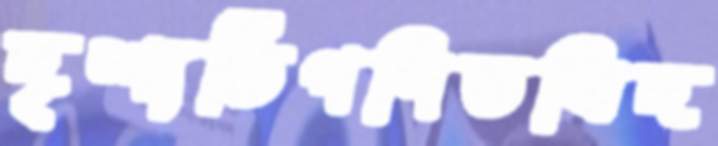
দৃশ্যটিগণিতবিদ